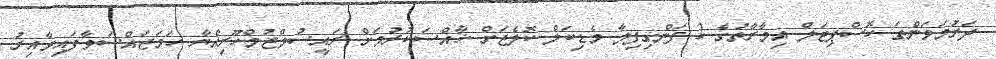
ދަރުމަވަންތަ ހޮސްޕިޓަލް އިމާރާތުގެ 2 ފަންގިފިލާ މެޑިކަލް ކޮލެޖަށް ޚާއްސަކުރުމަށް ރައީސުލްޖުމްހޫރިއްޔާ ހަމަޖައްސަވާފައިވާއިރު